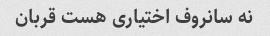
نه سانروف اختیاری هست قربان